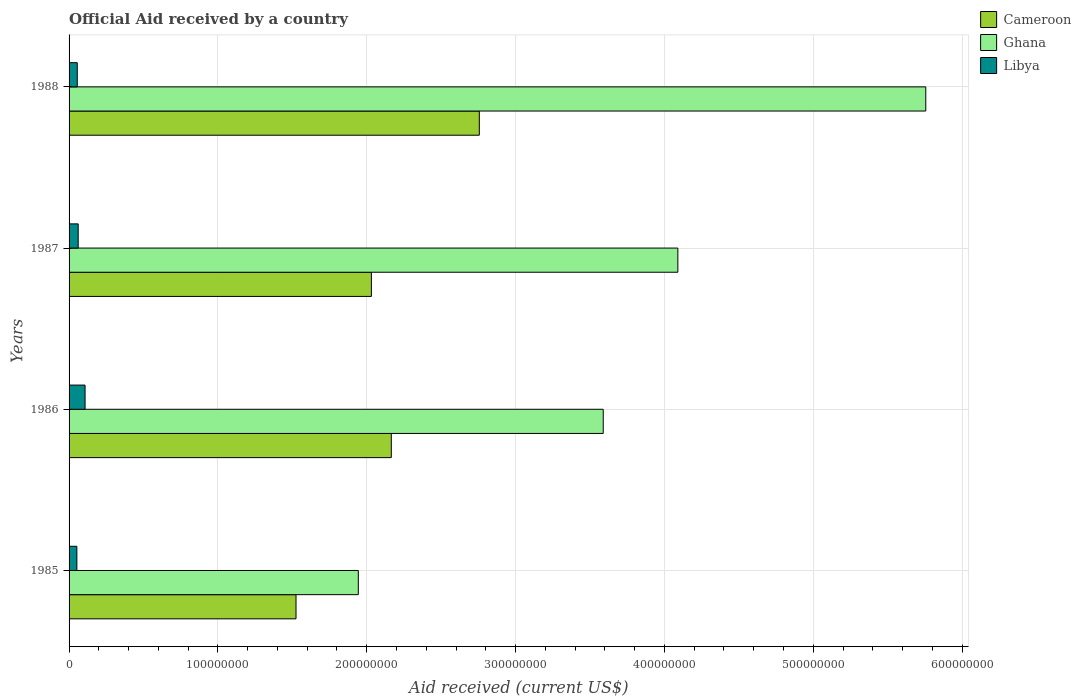
| Years | Cameroon | Ghana | Libya |
 | --- | --- | --- | --- |
 | 1985 | 1.52e+08 | 1.94e+08 | 5.23e+06 |
 | 1986 | 2.16e+08 | 3.59e+08 | 1.07e+07 |
 | 1987 | 2.03e+08 | 4.09e+08 | 6.13e+06 |
 | 1988 | 2.76e+08 | 5.76e+08 | 5.5e+06 |